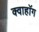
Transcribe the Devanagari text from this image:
क्वाहॉग